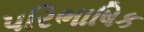
પરિભાષિક